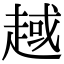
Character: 𧼑